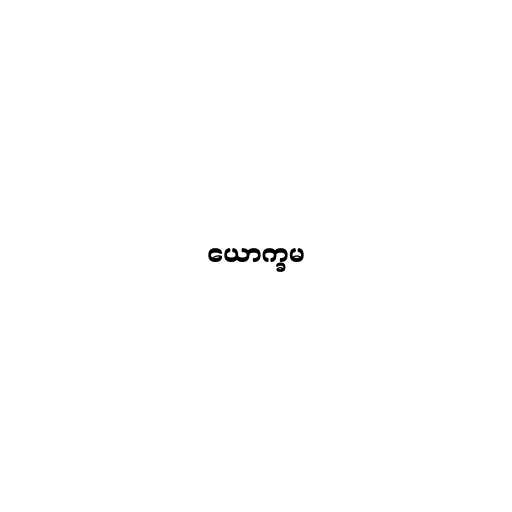
ယောက္ခမ